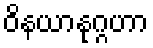
ဝိနယာနုဂ္ဂဟာ